Document type: Sale
Year: 1430
Scribe: [Unknown]
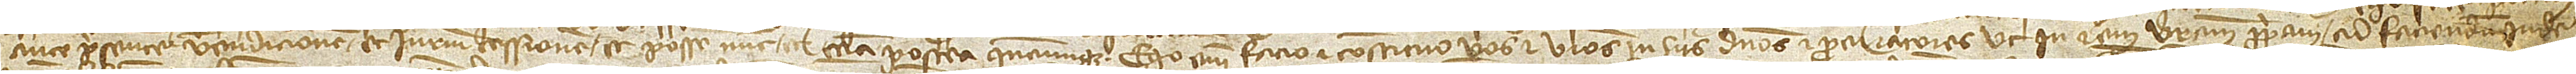
ante presentem vendicionem et iurium cessionem et possem, nunc et etiam postea quandocumque. Ego enim facio et constituo vos et vestros in hiis dominos et procuratores ut in rem vestram propriam, ad faciendum inde